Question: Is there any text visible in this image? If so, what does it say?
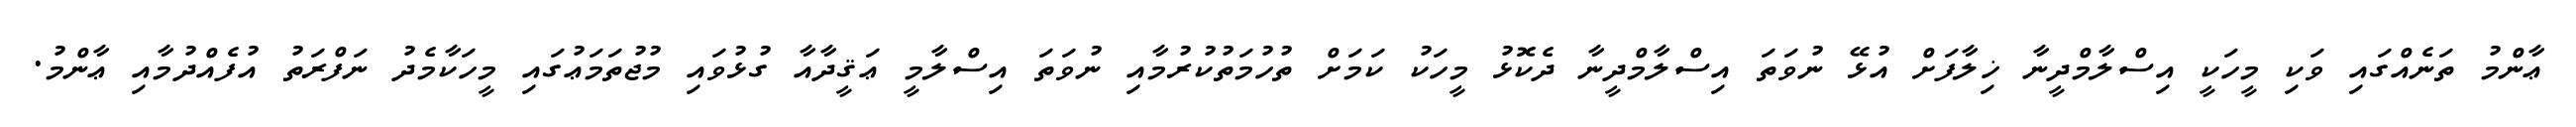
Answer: ޢާންމު ތަނެއްގައި ވަކި މީހަކީ އިސްލާމްދީނާ ޚިލާފަށް އުޅޭ ނުވަތަ އިސްލާމްދީނާ ދެކޮޅު މީހަކު ކަމަށް ތުހުމަތުކުރުމާއި ނުވަތަ އިސްލާމީ ޢަޤީދާއާ ގުޅުވައި މުޖުތަމަޢުގައި މީހަކާމެދު ނަފްރަތު އުފެއްދުމާއި ޢާންމު.